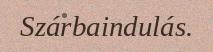
Szárbaindulás.